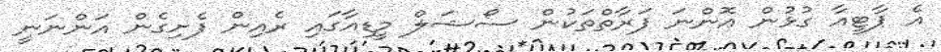
އެ ޕާޓީއާ ގުޅުން އޮންނަ ފަރާތްތަކުން ސޯޝަލް މީޑިއާގައި ރެއިން ފެށިގެން އަންނަނީ